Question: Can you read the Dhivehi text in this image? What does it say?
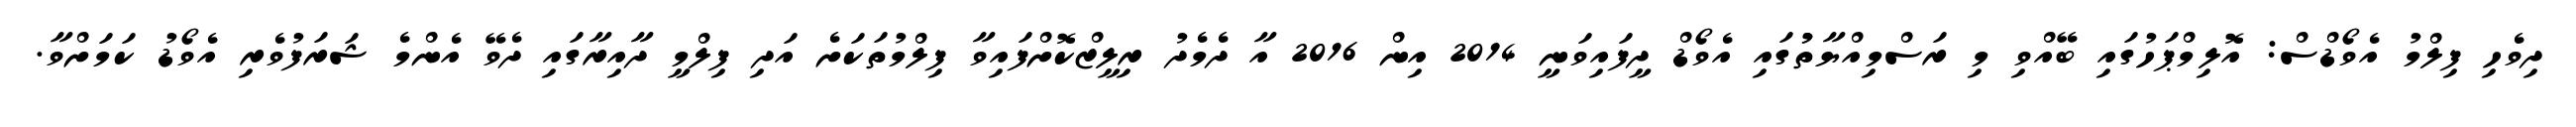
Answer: ދިވެހި ފިލްމު އެވޯޑްސް: އޮލިމްޕަހުގައި ބޭއްވި މި ރަސްމިއްޔާތުުގައި އެވޯޑް ދީފައިވަނީ 2014 އިން 2016 އާ ދެމެދު ރިލީޒްކޮށްފައިވާ ފިލްމުތަކަށެ އަދި ފިލްމީ ދާއިރާގައި ދެވޭ އެންމެ ޝަރަފުވެރި އެވޯޑު ކަމަށްވާ.